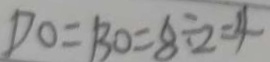
D O = B O = 8 \div 2 = 4